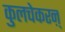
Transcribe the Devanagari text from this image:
कुलचेकरऩ्